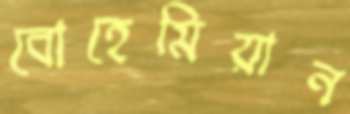
বোহেমিয়ান